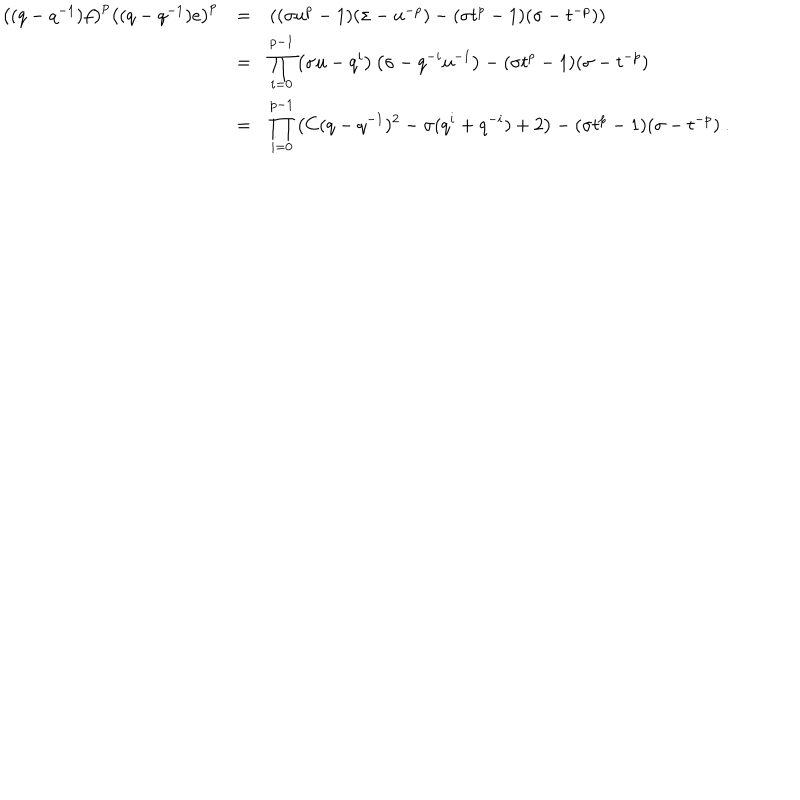
LaTeX: \begin{array} { r c l } { { \left( ( q - q ^ { - 1 } ) f \right) ^ { p } \left( ( q - q ^ { - 1 } ) e \right) ^ { p } } } & { { = } } & { { \left( ( \sigma u ^ { p } - 1 ) ( \sigma - u ^ { - p } ) - ( \sigma t ^ { p } - 1 ) ( \sigma - t ^ { - p } ) \right) } } \\ { { } } & { { = } } & { { \displaystyle \prod _ { i = 0 } ^ { p - 1 } \left( \sigma u - q ^ { i } \right) \left( \sigma - q ^ { - i } u ^ { - 1 } \right) - ( \sigma t ^ { p } - 1 ) ( \sigma - t ^ { - p } ) } } \\ { { } } & { { = } } & { { \displaystyle \prod _ { i = 0 } ^ { p - 1 } \left( C ( q - q ^ { - 1 } ) ^ { 2 } - \sigma ( q ^ { i } + q ^ { - i } ) + 2 \right) - ( \sigma t ^ { p } - 1 ) ( \sigma - t ^ { - p } ) ~ . } } \\ \end{array}